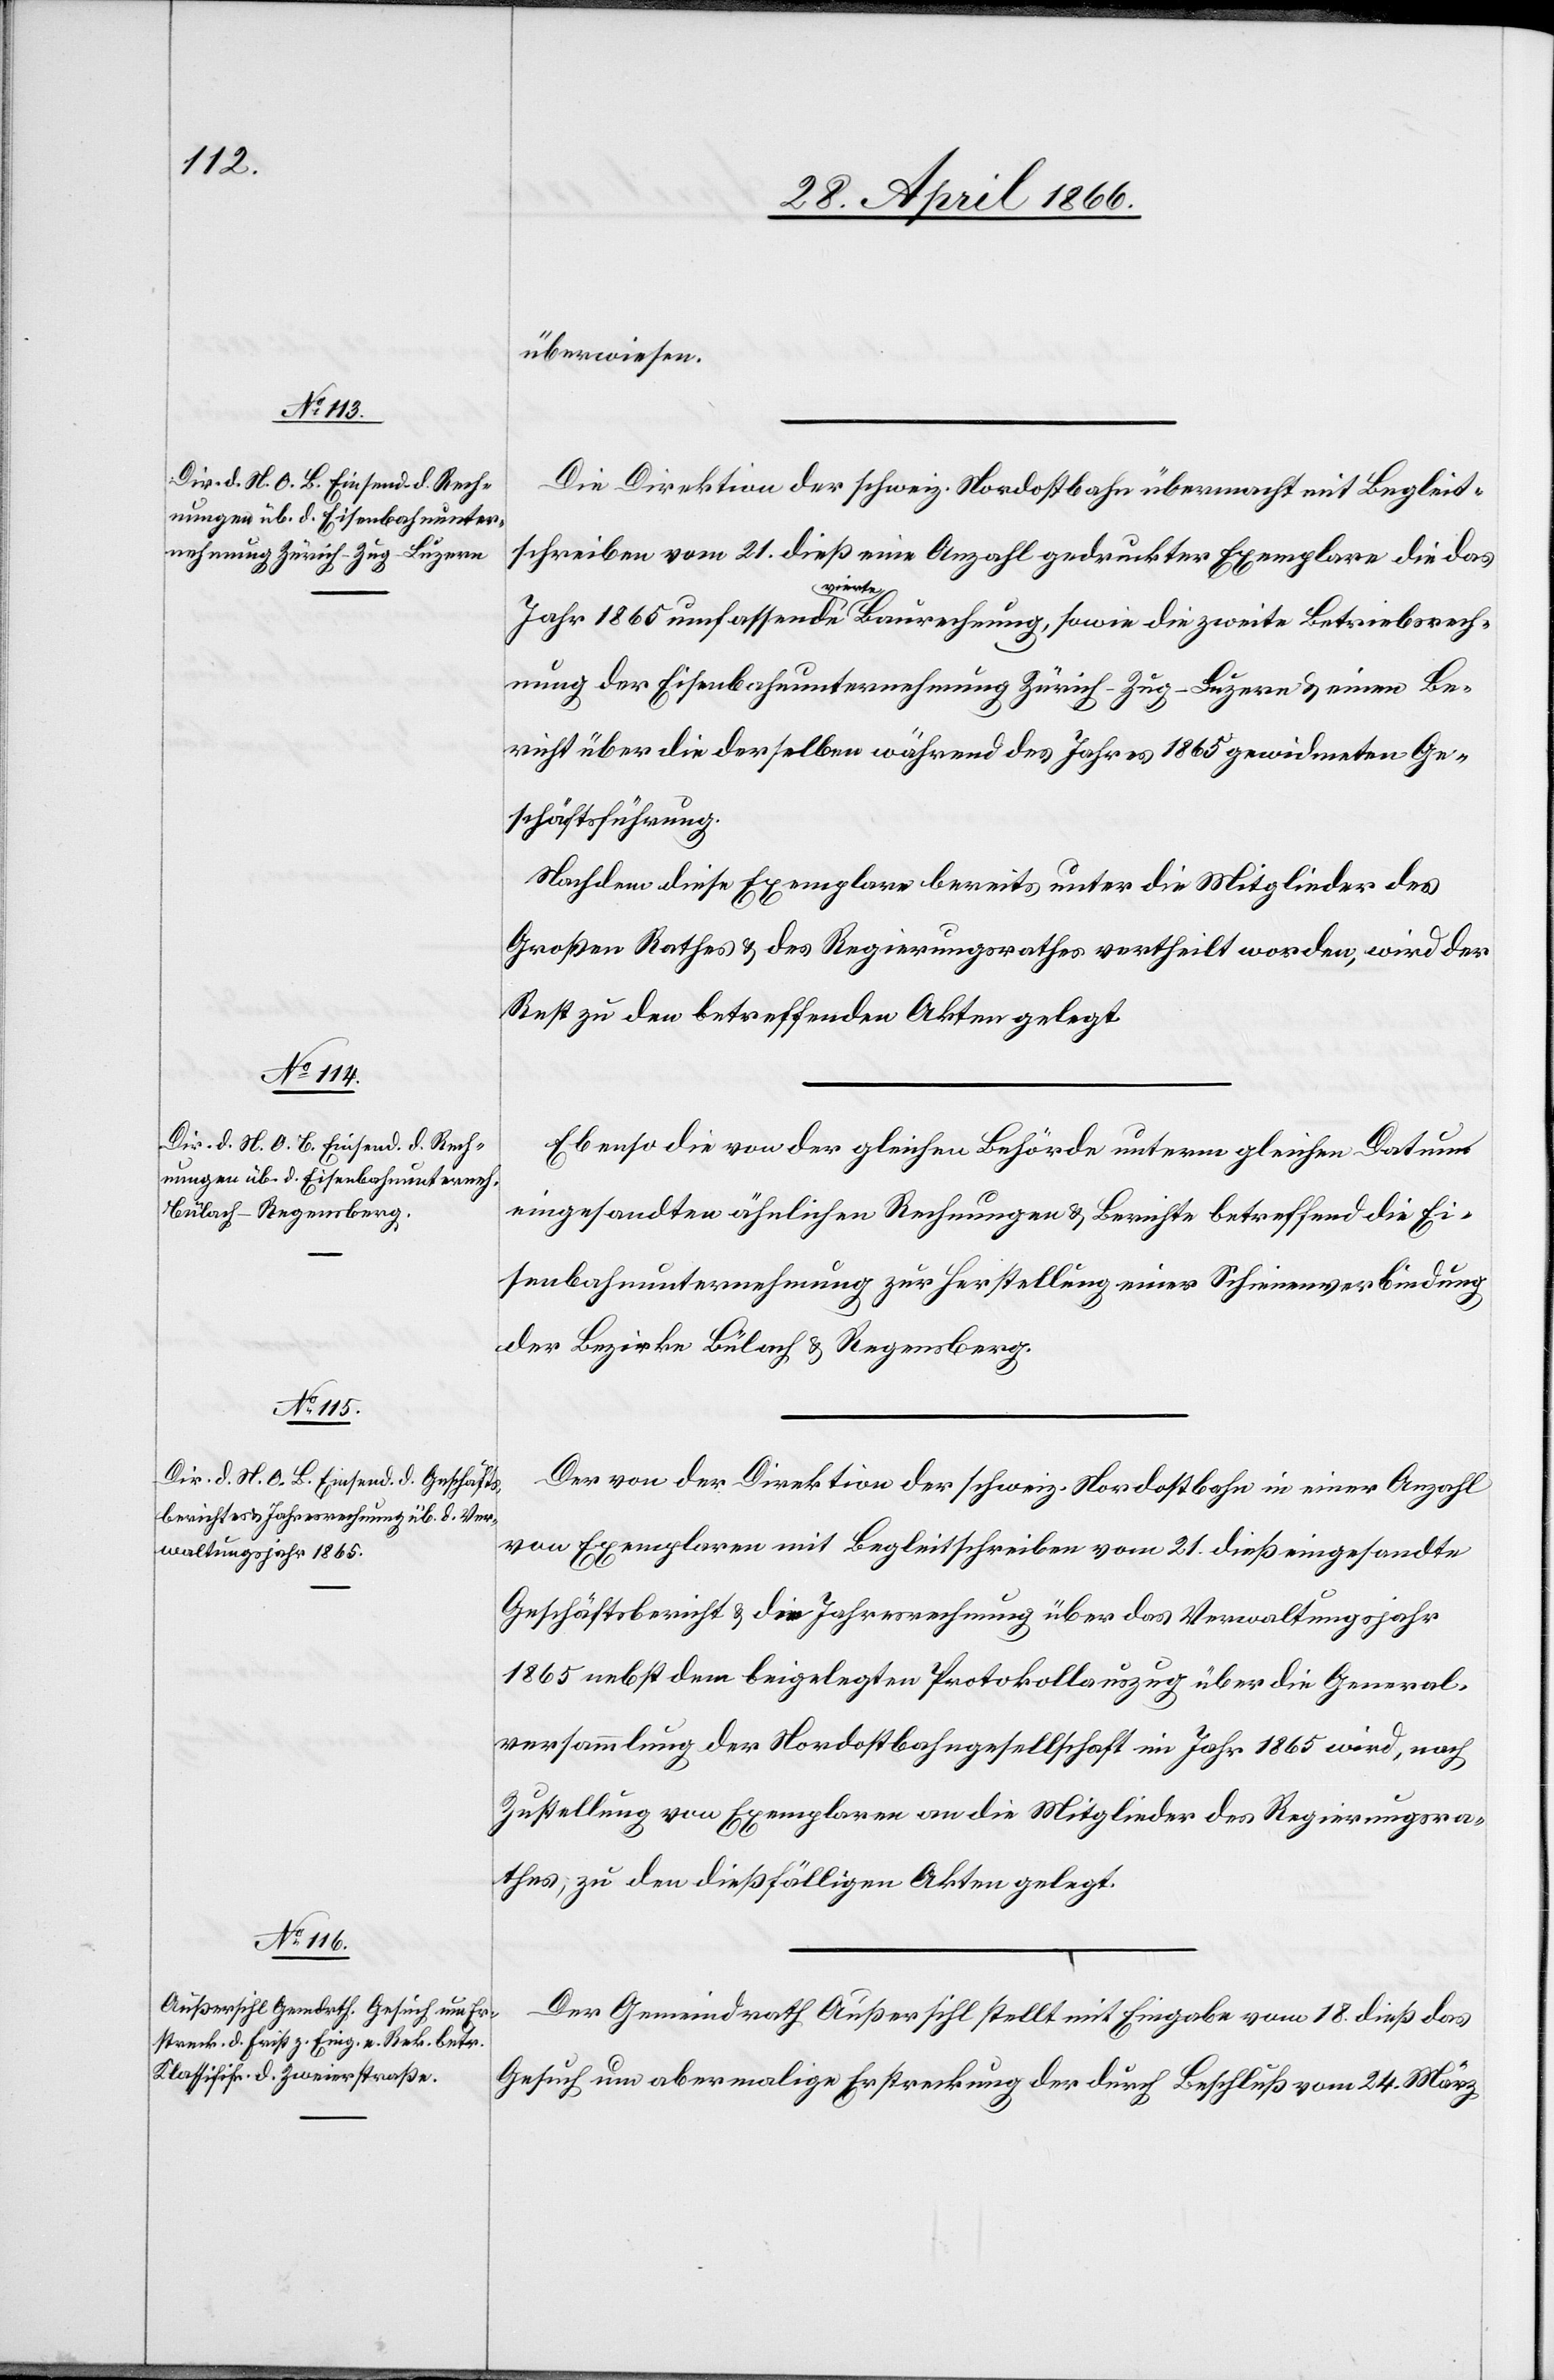
überwiesen.
Die Direktion der schweiz. Nordostbahn übermacht mit Begleit¬
schreiben vom 21. dieß eine Anzahl gedruckter Exemplare die das
Jahr 1865 umfassende vierte Baurechnung, sowie die zweite Betriebsrech¬
nung der Eisenbahnunternehmung Zürich–Zug–Luzern u. einen Be¬
richt über die derselben während des Jahres 1865 gewidmeten Ge¬
schäftsführung.
Nachdem diese Exemplare bereits unter die Mitglieder des
Großen Rathes u. des Regierungsrathes vertheilt worden, wird der
Rest zu den betreffenden Akten gelegt.
Ebenso die von der gleichen Behörde unterm gleichen Datum
eingesandten ähnlichen Rechnungen u. Berichte betreffend die Ei¬
senbahnunternehmung zur Herstellung einer Schienenverbindung
der Bezirke Bülach u. Regensberg.
Der von der Direktion der schweiz. Nordostbahn in einer Anzahl
von Exemplaren mit Begleitschreiben vom 21. dieß eingesandte
Geschäftsbericht u. die Jahresrechnung über das Verwaltungsjahr
1865 nebst dem beigelegten Protokollauszug über die General¬
versammlung der Nordostbahngesellschaft im Jahr 1865 wird, nach
Zustellung von Exemplaren an die Mitglieder des Regierungsra¬
thes, zu den dießfälligen Akten gelegt.
Der Gemeindrath Außersihl stellt mit Eingabe vom 18. dieß das
Gesuch um abermalige Erstreckung der durch Beschluß vom 24. März